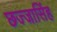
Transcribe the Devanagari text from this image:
छज्जासिंह